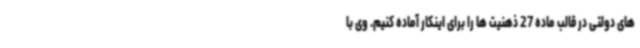
های دولتی در قالب ماده 27 ذهنیت ها را برای اینکار آماده کنیم. وی با